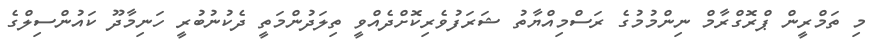
މި ތަމްރީން ޕްރޮގްރާމް ނިންމުމުގެ ރަސްމިއްޔާތު ޝަރަފުވެރިކޮށްދެއްވީ ތިލަދުންމަތީ ދެކުނުބުރީ ހަނިމާދޫ ކައުންސިލްގެ